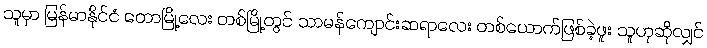
သူမှာ မြန်မာနိုင်ငံ တောမြို့လေး တစ်မြို့တွင် သာမန်ကျောင်းဆရာလေး တစ်ယောက်ဖြစ်ခဲ့ဖူး သူဟုဆိုလျှင်